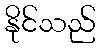
နိုင်သည်